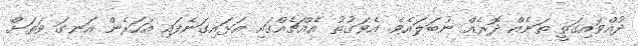
ދުއްވައިގަތީ ތަނެއް ދޮރެއް ނުބަލައެވެ. އެވަގުތު އެއްޗެއްގައި އަޅައިގަނެފައި އަހަރެން އަނގަ ވަތަށް